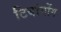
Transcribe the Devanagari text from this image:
टियांगोंग